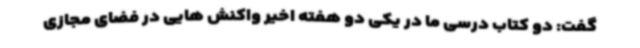
گفت: دو کتاب درسی ما در یکی دو هفته اخیر واکنش هایی در فضای مجازی